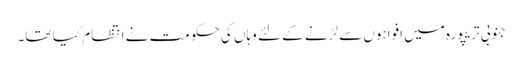
جنوبی تریپورہ میں افواہوں سے لڑنے کے لئے وہاں کی حکومت نے انتظام کیا تھا۔